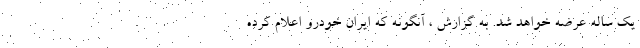
یک ساله عرضه خواهد شد. به گزارش ، آنگونه که ایران خودرو اعلام کرده